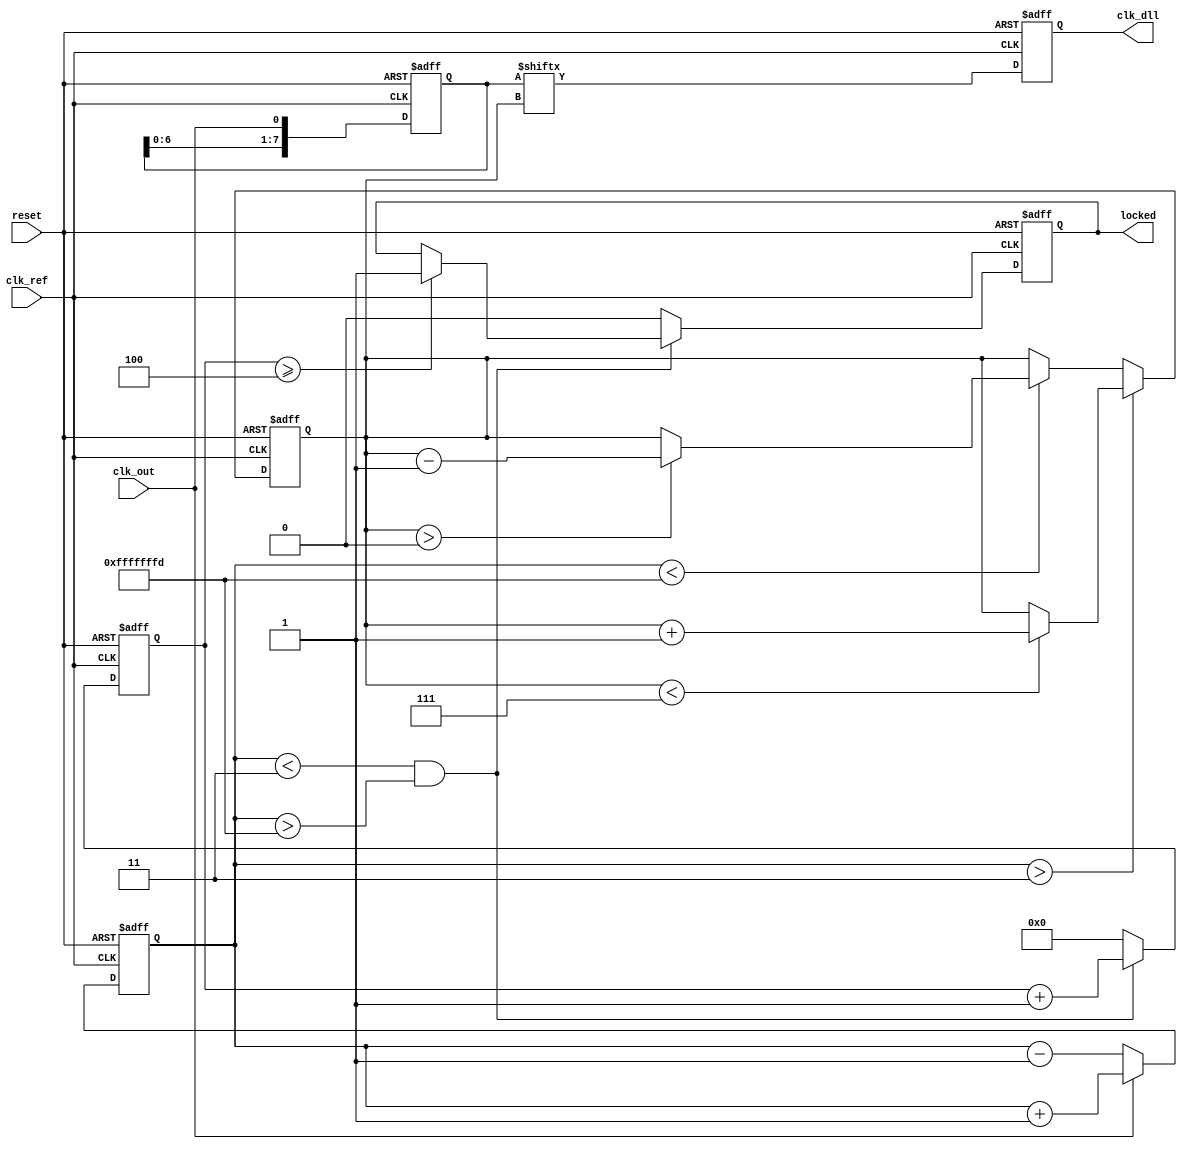
module DLL (
    input wire clk_ref,              // Reference clock input
    input wire clk_out,              // Output clock
    input wire reset,                // Reset signal
    output reg clk_dll,              // DLL output clock
    output reg locked                // Lock status
);

    // Parameters
    parameter NUM_DELAY_STAGES = 8;  // Number of delay stages
    parameter DELAY_INCREMENT = 1;    // Delay increment value
    parameter LOCK_THRESHOLD = 3;      // Threshold for lock detection

    // Internal signals
    reg [NUM_DELAY_STAGES-1:0] delay_line; // Delay line register
    reg [3:0] phase_error;                // Phase error signal
    reg [3:0] delay_select;                // Selected delay stage
    reg [3:0] lock_counter;                // Counter for lock detection

    // Phase Detector
    always @(posedge clk_ref or posedge reset) begin
        if (reset) begin
            phase_error <= 0;
        end else begin
            // Simple phase detector logic
            // Compare clk_ref and clk_out phases
            if (clk_out) begin
                phase_error <= phase_error + 1; // Increment on leading edge
            end else begin
                phase_error <= phase_error - 1; // Decrement on trailing edge
            end
        end
    end

    // Control Logic
    always @(posedge clk_ref or posedge reset) begin
        if (reset) begin
            delay_select <= 0;
            lock_counter <= 0;
            locked <= 0;
        end else begin
            // Adjust delay based on phase error
            if (phase_error > LOCK_THRESHOLD) begin
                if (delay_select < NUM_DELAY_STAGES - 1) begin
                    delay_select <= delay_select + DELAY_INCREMENT;
                end
            end else if (phase_error < -LOCK_THRESHOLD) begin
                if (delay_select > 0) begin
                    delay_select <= delay_select - DELAY_INCREMENT;
                end
            end
            
            // Lock detection logic
            if (phase_error < LOCK_THRESHOLD && phase_error > -LOCK_THRESHOLD) begin
                lock_counter <= lock_counter + 1;
                if (lock_counter >= 4) begin
                    locked <= 1; // Locked state
                end
            end else begin
                lock_counter <= 0; // Reset counter if out of lock
                locked <= 0;
            end
        end
    end

    // Delay Line
    always @(posedge clk_ref or posedge reset) begin
        if (reset) begin
            delay_line <= 0;
        end else begin
            // Shift register to simulate delay line
            delay_line <= {delay_line[NUM_DELAY_STAGES-2:0], clk_out};
        end
    end

    // Output Buffer
    always @(posedge clk_ref or posedge reset) begin
        if (reset) begin
            clk_dll <= 0;
        end else begin
            // Select the output clock based on delay select
            clk_dll <= delay_line[delay_select];
        end
    end

endmodule